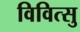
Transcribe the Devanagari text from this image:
विवित्सु